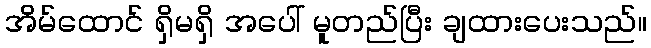
အိမ်ထောင် ရှိမရှိ အပေါ် မူတည်ပြီး ချထားပေးသည်။